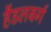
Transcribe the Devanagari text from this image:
हैडलबर्ग